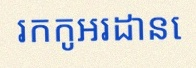
រកកូអរដោនេ